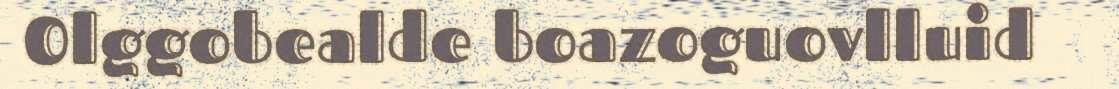
Olggobealde boazoguovlluid